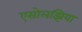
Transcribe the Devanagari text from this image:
एसोलझिया